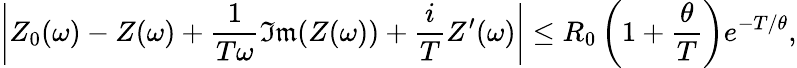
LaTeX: \left|Z_{0}(\omega)-Z(\omega)+\frac{1}{T\omega}\mathfrak{Im}(Z(\omega))+\frac{i}{T}Z^{\prime}(\omega)\right|\le R_{0}\left(1+\frac{\theta}{T}\right)e^{-T/\theta},